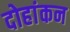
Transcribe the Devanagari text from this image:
दोहांकन